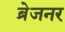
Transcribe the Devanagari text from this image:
ब्रेजनर